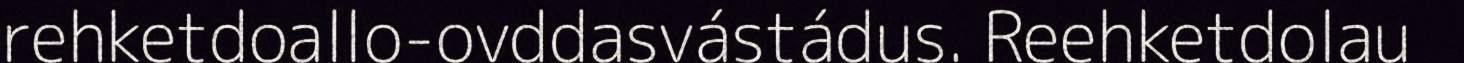
rehketdoallo-ovddasvástádus. Reehketdolau